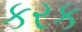
કરક